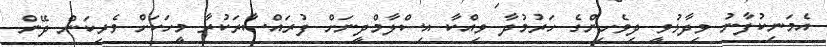
އެމަނިކުފާނު ވިދާޅުވީ ދިވެހިންގެ ހަރުމުދާ ވިއްކާ އިސްލާމްދީނަށް ފުރައްސާރަކުރާ މީހަކަށް ވެރިކަން ދޭން